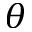
\theta